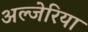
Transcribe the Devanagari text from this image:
अल्जेरिया